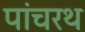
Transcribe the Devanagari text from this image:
पांचरथ